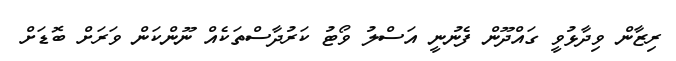
ރިޒާން ވިދާޅުވީ ގައްދޫން ފެނުނީ އަސްލު ވޯޓު ކަރުދާސްތަކެއް ނޫންކަން ވަރަށް ބޮޑަށް